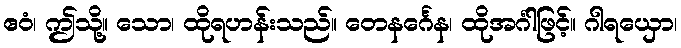
ဧဝံ၊ ဤသို့။ သော၊ ထိုရဟန်းသည်။ တေနင်္ဂေန၊ ထိုအင်္ဂါဖြင့်။ ဂါရယှော၊